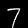
Digit: 7